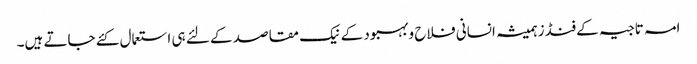
امہ تاجیہ کے فنڈز ہمیشہ انسانی فلاح وبہبود کے نیک مقاصد کے لئے ہی استعمال کئے جاتے ہیں۔